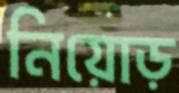
নিয়োড়